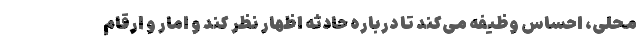
محلی، احساس وظیفه می‌کند تا درباره حادثه اظهار نظر کند و امار و ارقام